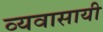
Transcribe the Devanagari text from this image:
व्यवासायी